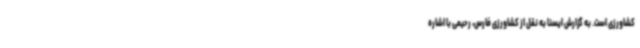
کشاورزی است. به گزارش ایسنا به نقل از کشاورزی فارس، رحیمی با اشاره